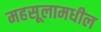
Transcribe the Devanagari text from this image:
महसूलामधील